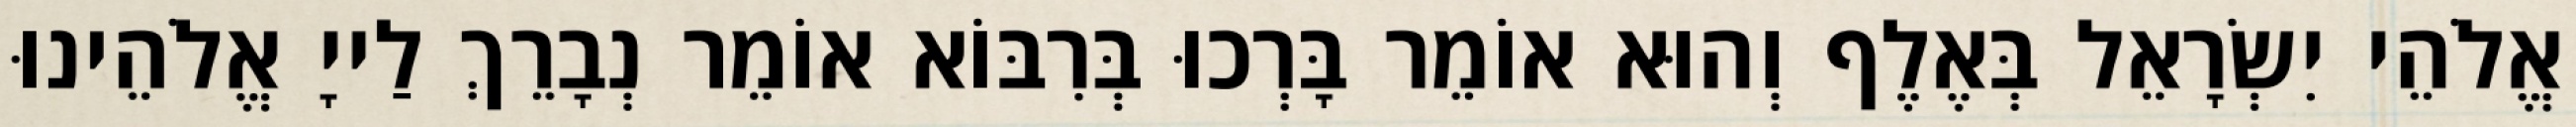
אֱלֹהֵי יִשְׂרָאֵל בְּאֶלֶף וְהוּא אוֹמֵר בָּרְכוּ בְּרִבּוֹא אוֹמֵר נְבָרֵךְ לַייָ אֱלֹהֵינוּ